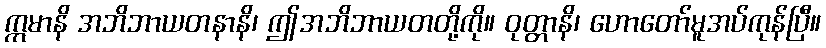
ဣမာနိ အဘိဘာယတနာနိ၊ ဤအဘိဘာယတတို့ကို။ ဝုတ္တာနိ၊ ဟောတော်မူအပ်ကုန်ပြီ။